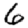
Digit: 6